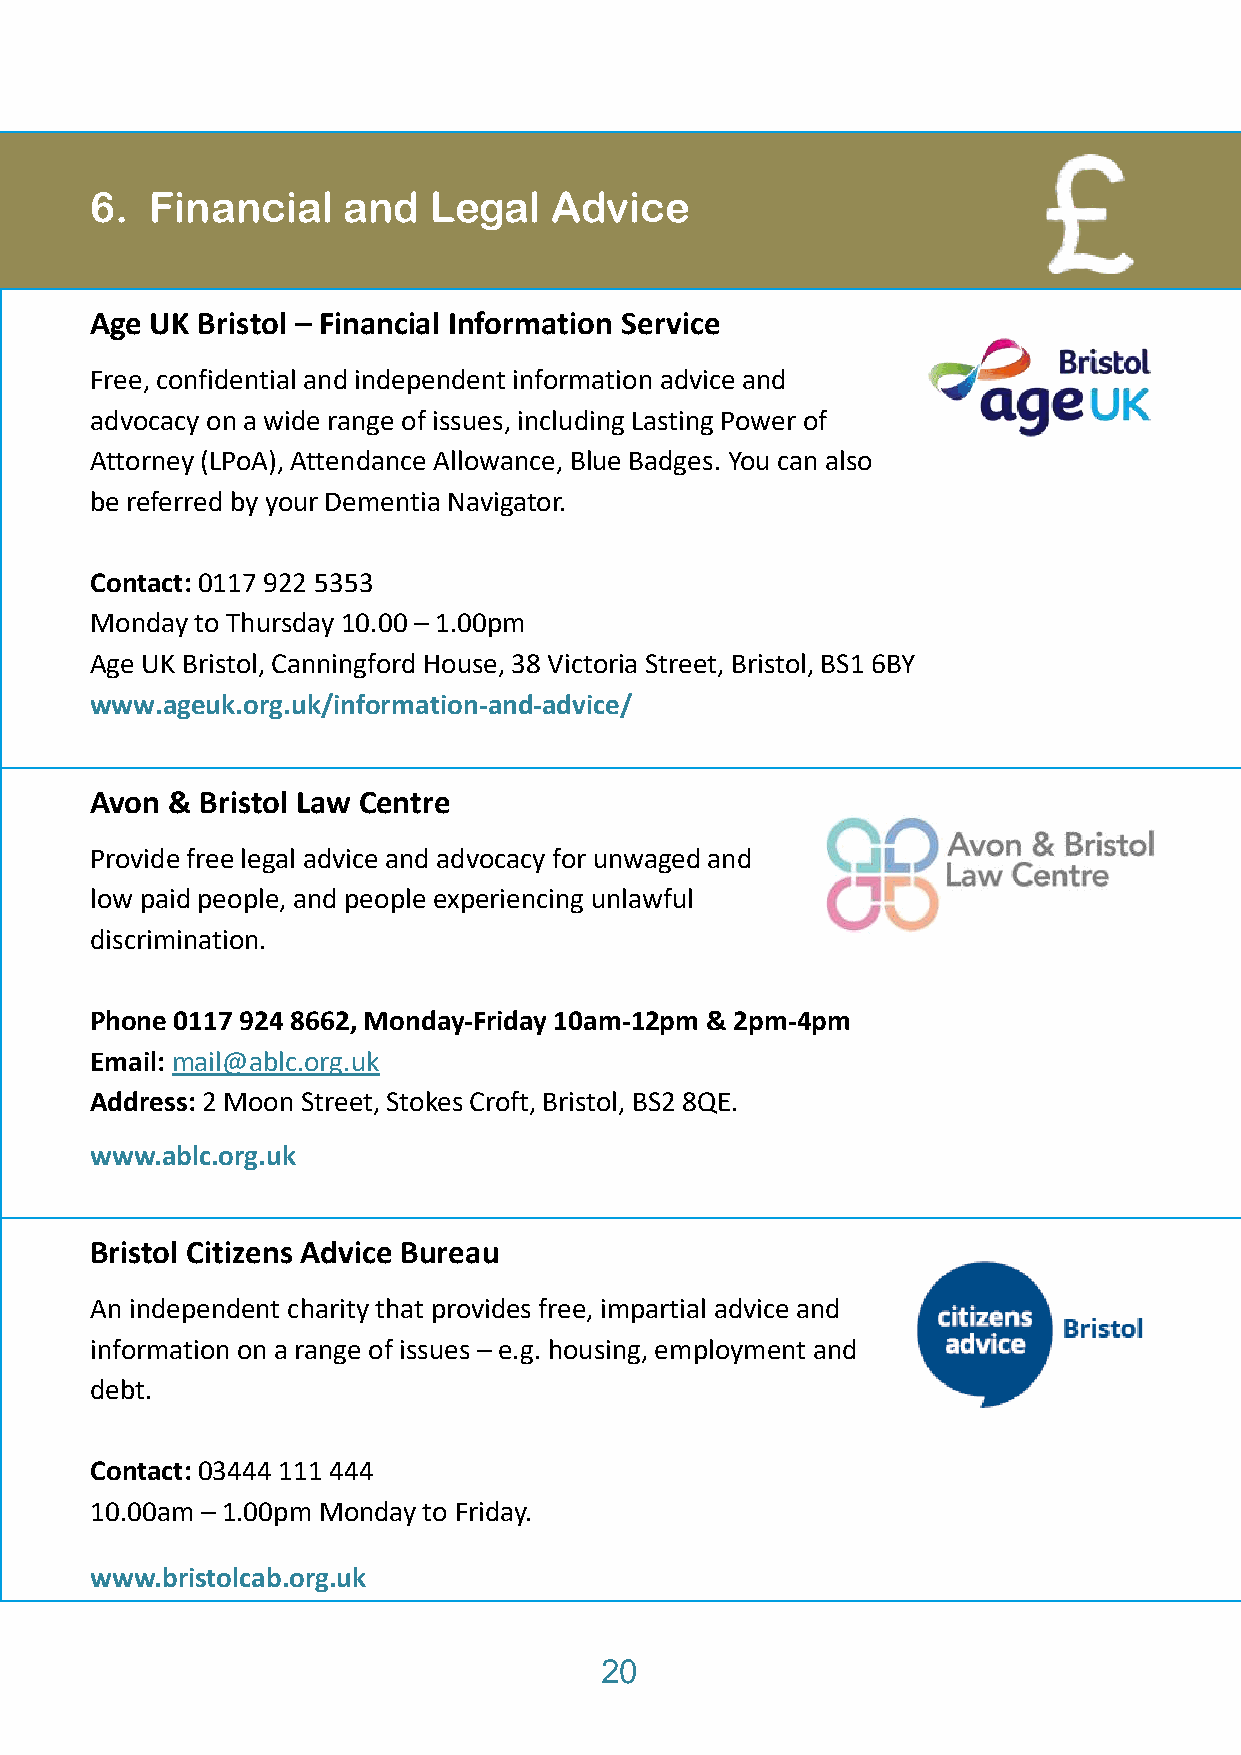
6.  Financial    and  Legal   Advice
 Age UK Bristol – Financial Information Service
 Free, confidential and independent information advice and
 advocacy on a wide range of issues, including Lasting Power of
 Attorney (LPoA), Attendance Allowance, Blue Badges. You can also
 be referred by your Dementia Navigator.
 Contact: 0117 922 5353
 Monday to Thursday 10.00 – 1.00pm
 Age UK Bristol, Canningford House, 38 Victoria Street, Bristol, BS1 6BY
 www.ageuk.org.uk/information-and-advice/
 Avon & Bristol Law Centre
 Provide free legal advice and advocacy for unwaged and
 low paid people, and people experiencing unlawful
 discrimination.
 Phone 0117 924 8662, Monday-Friday 10am-12pm & 2pm-4pm
 Email: mail@ablc.org.uk
 Address: 2 Moon Street, Stokes Croft, Bristol, BS2 8QE.
 www.ablc.org.uk
 Bristol Citizens Advice Bureau
 An independent charity that provides free, impartial advice and
 information on a range of issues – e.g. housing, employment and
 debt.
 Contact: 03444 111 444
 10.00am – 1.00pm Monday to Friday.
 www.bristolcab.org.uk
 20